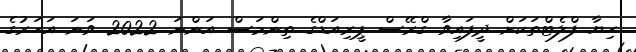
ހިޔާ ފްލެޓްތަކަށް ދީފައިވާ ގްރޭސް ޕީރިއަޑްގެ ތިންމަސް އަންނަ 2022 ވަނަ އަހަރުގެ